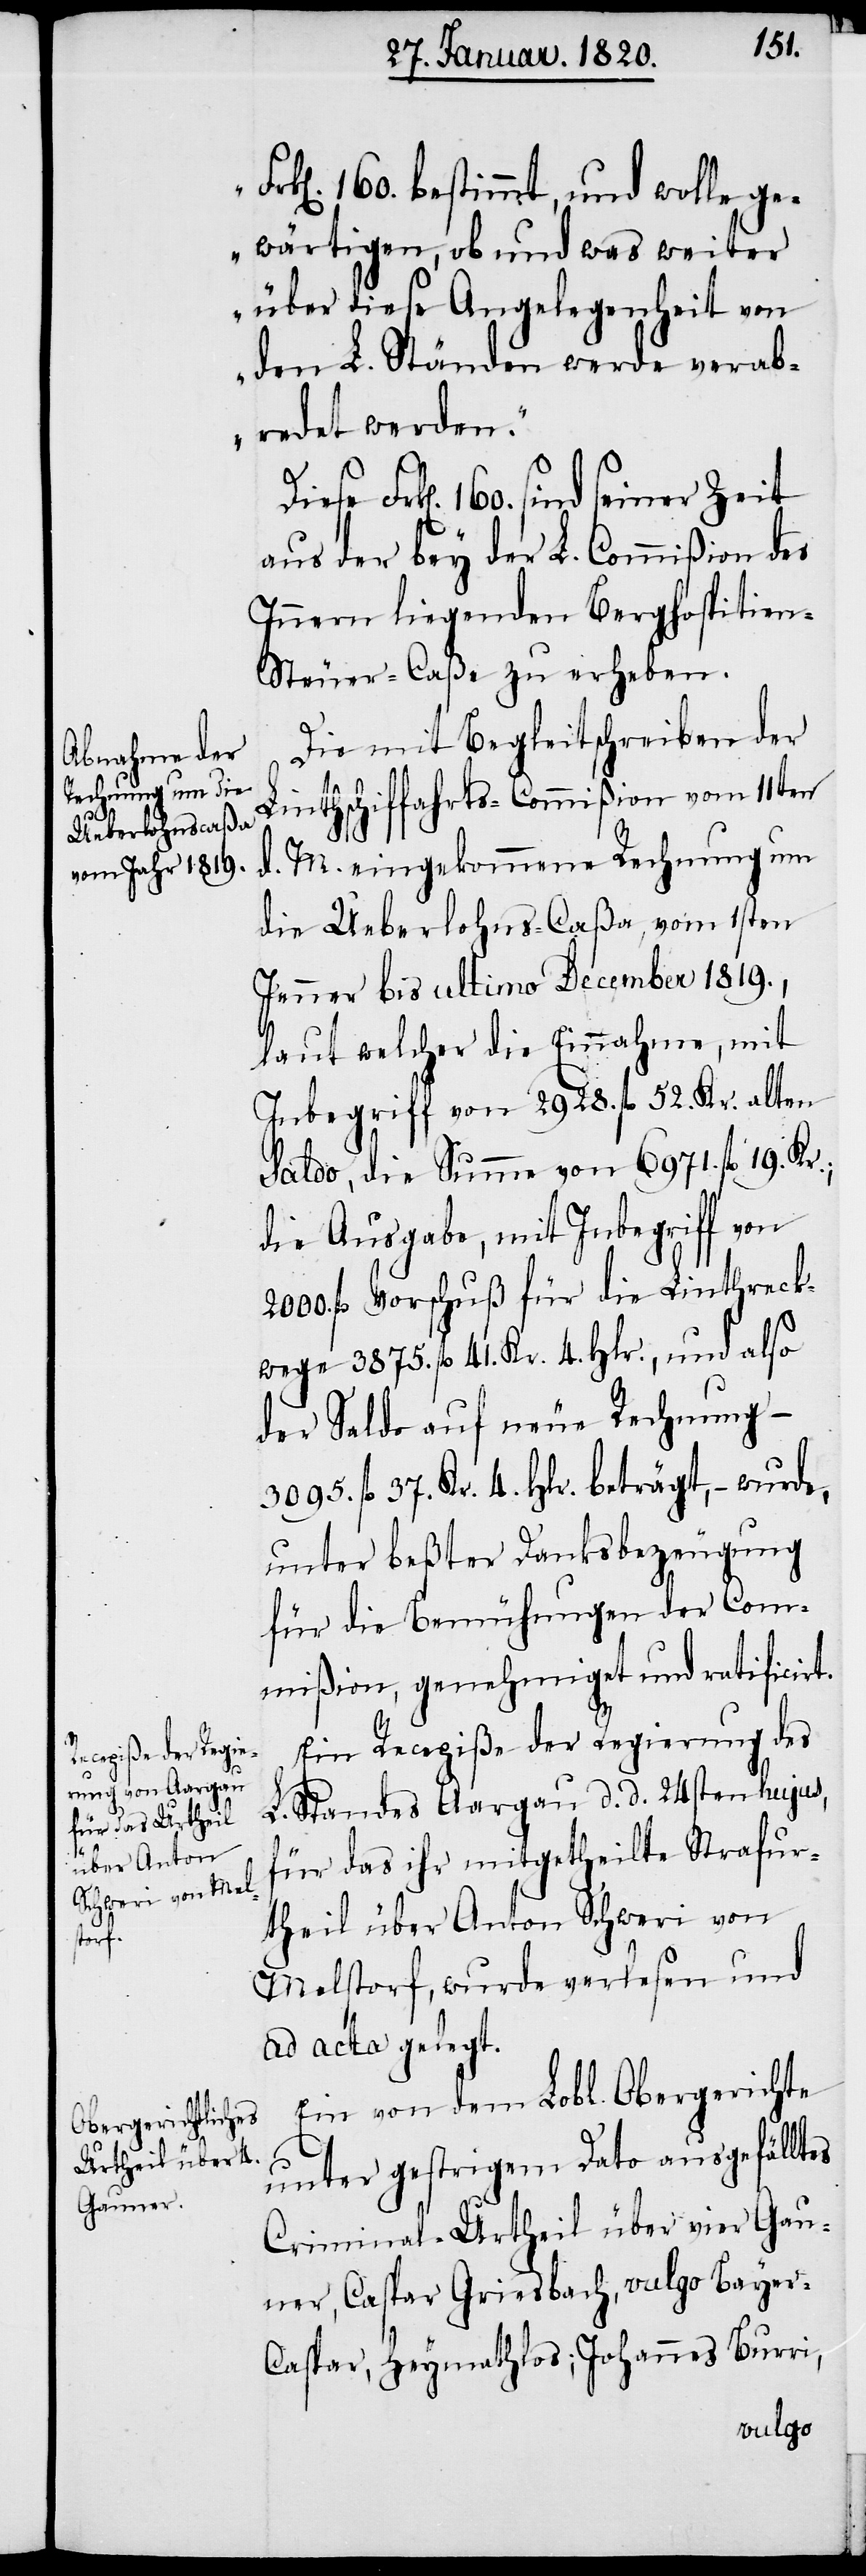
2000.

k[en]. 160. bestimmt, und wolle ge¬
wärtigen, ob und was weiter
über diese Angelegenheit von
den L. Ständen werde verab¬
redet werden.“
Frk[en]. 160. sind seiner Zeit
aus der bey der L. Commißion des
Innern liegenden Berghospitien-S¬
teuer-Caße zu erheben.
Die mit Begleitschreiben der
Fr¬
Linthschiffahrts-Commißion vom 11ten
d. M. eingekommene Rechnung um
die Ueberlohns-Caßa vom 1sten
Jenner bis ultimo December 1819.,
laut welcher die Einnahme, mit
Inbegriff von 2928. fl. 52. Kr. alten
Saldo, die Summe von 6971. fl. 19. Kr.;
die Ausgabe, mit Inbegriff von
fl. Vorschuß für die Linthreck¬
wege 3875. fl. 41. Kr. 4. Hlr., und also
der Saldo auf neue Rechnung –
3095. fl. 37. Kr. 4. Hlr. beträgt, − wurde,
unter beßter Danksbezeugung
für die Bemühungen der Com¬
mißion, genehmiget und ratificirt.
Ein Recepiße der Regierung des
L. Standes Aargau d d 24sten hujus,
für das ihr mitgetheilte Strafur¬
theil über Anton Schweri von
Melstorf, wurde verlesen und
ad acta gelegt.
Ein von dem Lobl. Obergerichte
unter gestrigem Dato ausgefälltes
Criminal-Urtheil über vier Gau¬
ner, Caspar Griesbach, vulgo Bayer-C¬
aspar, Heymathlos; Johannes Burri,